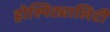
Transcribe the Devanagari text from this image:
होस्पिट्यालिटी